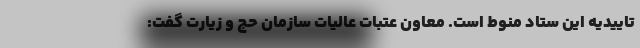
تاییدیه این ستاد منوط است. معاون عتبات عالیات سازمان حج و زیارت گفت: